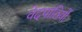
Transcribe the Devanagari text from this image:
वेदपाठियों